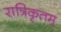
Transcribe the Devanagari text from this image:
रात्रिकृतम्‌